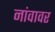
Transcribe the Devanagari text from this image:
नांवावर